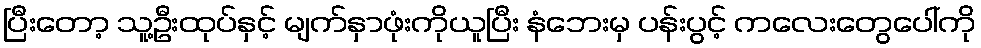
ပြီးတော့ သူ့ဦးထုပ်နှင့် မျက်နှာဖုံးကိုယူပြီး နံဘေးမှ ပန်းပွင့် ကလေးတွေပေါ်ကို